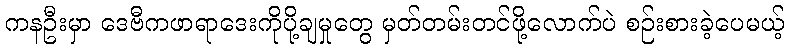
ကနဦးမှာ ဒေဗီကဖာရာဒေးကိုပို့ချမှုတွေ မှတ်တမ်းတင်ဖို့လောက်ပဲ စဉ်းစားခဲ့ပေမယ့်